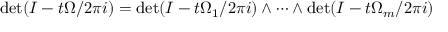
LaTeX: \operatorname* { d e t } ( I - t \Omega / 2 \pi i ) = \operatorname* { d e t } ( I - t \Omega _ { 1 } / 2 \pi i ) \wedge \dots \wedge \operatorname* { d e t } ( I - t \Omega _ { m } / 2 \pi i )